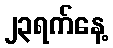
၂၃ရက်နေ့